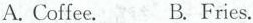
A. Coffee. B. Fries.